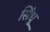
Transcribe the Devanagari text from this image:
सि॓धू